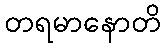
တရမာနောတိ